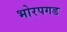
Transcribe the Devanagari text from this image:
भोरपगड